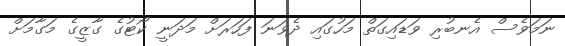
ނަމަވެސް އެނބުރި ވަޑައިގަތް މަހުގައި ދެވަނަ ފަހަރަށް މަދަނީ ކޯޓުގެ ގާޒީގެ މަގާމަށް